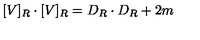
[ V ] _ { R } \cdot [ V ] _ { R } = D _ { R } \cdot D _ { R } + 2 m